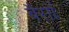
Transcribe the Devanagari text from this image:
बैसों